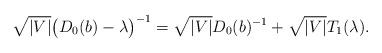
LaTeX: \begin{align*}\sqrt{\vert V \vert} \big( D_0(b) - \lambda \big)^{-1} = \sqrt{\vert V \vert} D_0(b)^{-1} + \sqrt{\vert V \vert} T_1(\lambda).\end{align*}